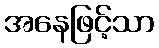
အနေဖြင့်သာ